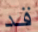
قد